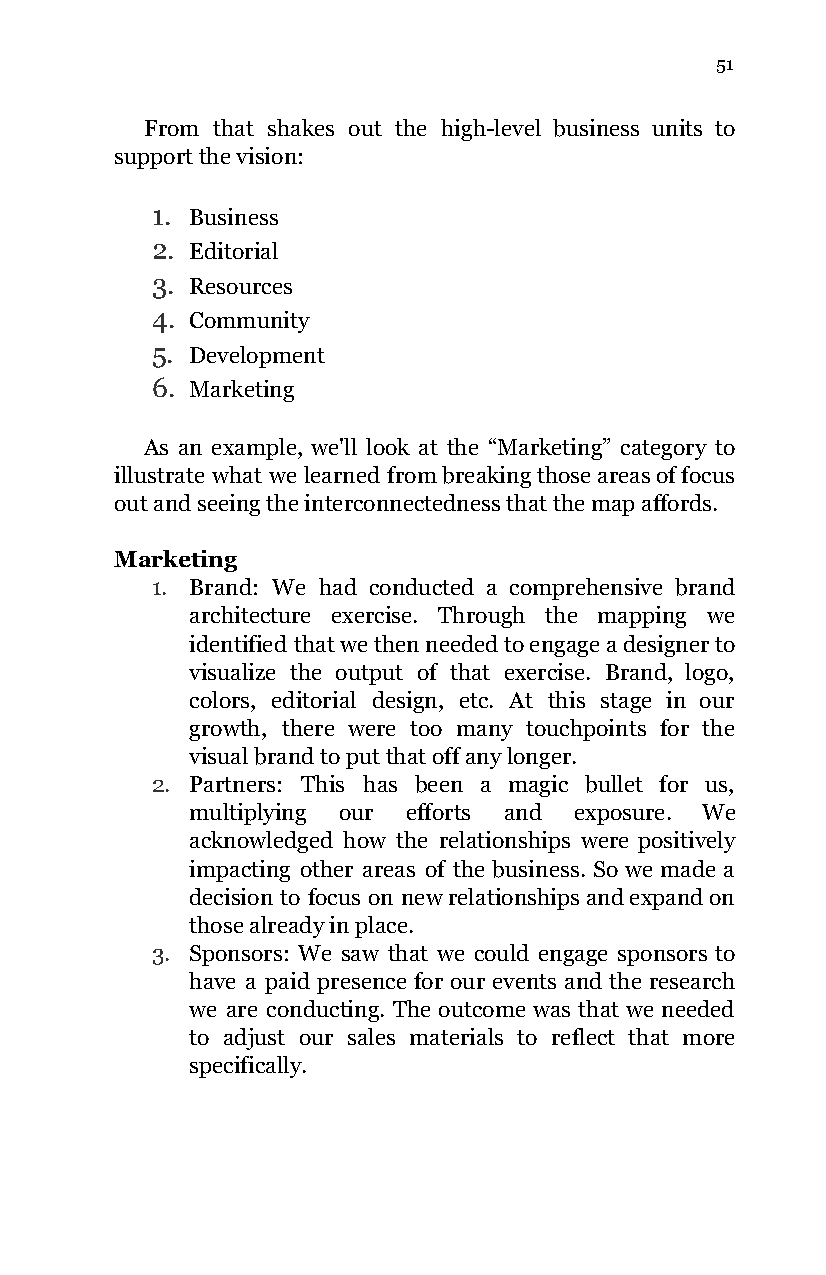
51
 From that shakes out the high-level business units to
 support the vision:
 1. Business
 2. Editorial
 3. Resources
 4. Community
 5. Development
 6. Marketing
 As an example, we'll look at the “Marketing” category to
 illustrate what we learned from breaking those areas of focus
 out and seeing the interconnectedness that the map affords.
 Marketing
 1. Brand: We had conducted a comprehensive brand
 architecture exercise. Through the mapping we
 identified that we then needed to engage a designer to
 visualize the output of that exercise. Brand, logo,
 colors, editorial design, etc. At this stage in our
 growth, there were too many touchpoints for the
 visual brand to put that off any longer.
 2. Partners: This has been a magic bullet for us,
 multiplying our efforts and exposure. We
 acknowledged how the relationships were positively
 impacting other areas of the business. So we made a
 decision to focus on new relationships and expand on
 those already in place.
 3. Sponsors: We saw that we could engage sponsors to
 have a paid presence for our events and the research
 we are conducting. The outcome was that we needed
 to adjust our sales materials to reflect that more
 specifically.